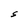
Character: S